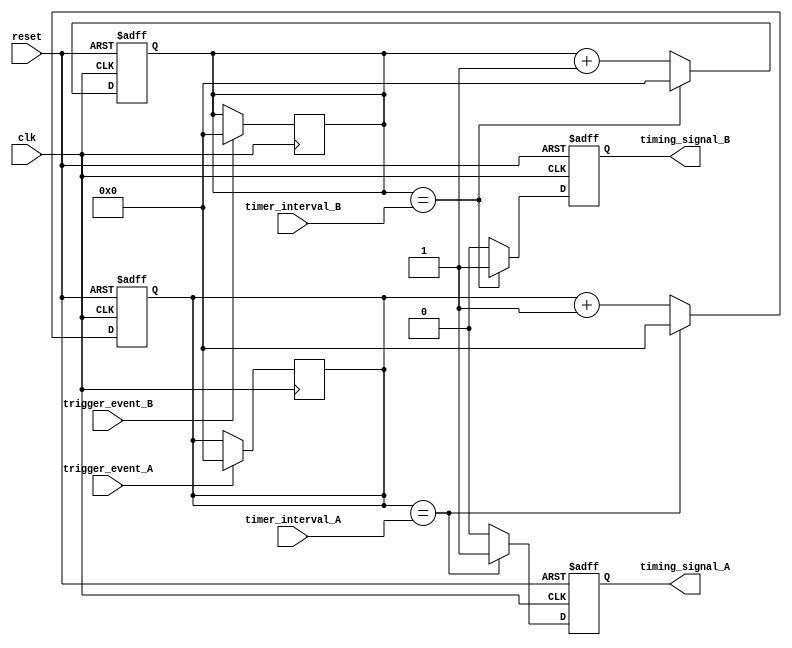
module multirate_timer (
    input clk,
    input reset,
    input [31:0] timer_interval_A,
    input [31:0] timer_interval_B,
    input trigger_event_A,
    input trigger_event_B,
    output reg timing_signal_A,
    output reg timing_signal_B
);

reg [31:0] count_A;
reg [31:0] count_B;

always @(posedge clk or posedge reset) begin
    if (reset) begin
        count_A <= 0;
        count_B <= 0;
        timing_signal_A <= 0;
        timing_signal_B <= 0;
    end else begin
        if (count_A == timer_interval_A) begin
            count_A <= 0;
            timing_signal_A <= 1;
        end else begin
            count_A <= count_A + 1;
            timing_signal_A <= 0;
        end
        
        if (count_B == timer_interval_B) begin
            count_B <= 0;
            timing_signal_B <= 1;
        end else begin
            count_B <= count_B + 1;
            timing_signal_B <= 0;
        end
    end
end

always @(posedge clk) begin
    if (trigger_event_A == 1) begin
        count_A <= 0;
    end
    
    if (trigger_event_B == 1) begin
        count_B <= 0;
    end
end

endmodule